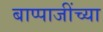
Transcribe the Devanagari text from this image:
बाप्पाजींच्या